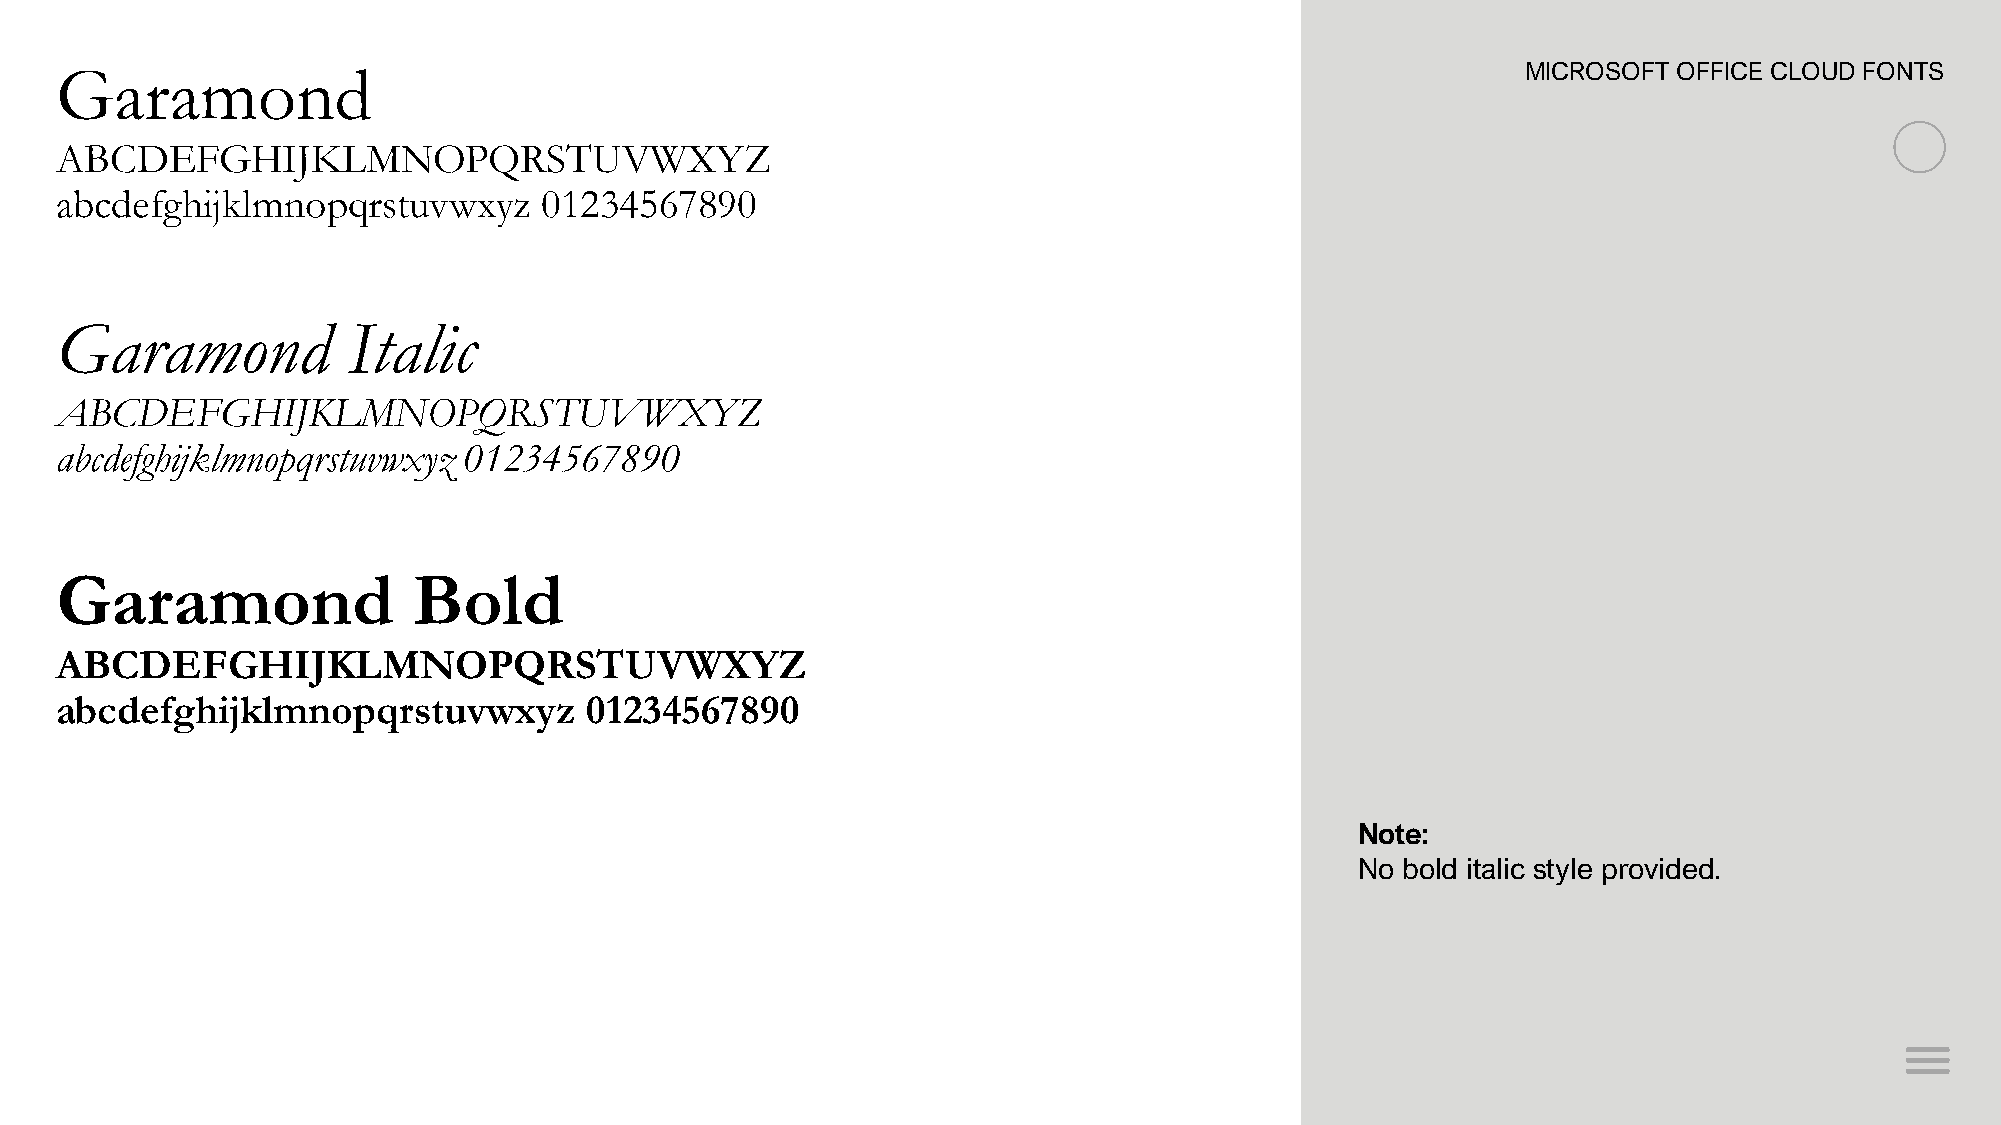
Garamond                                                                                         MICROSOFT OFFICE CLOUD FONTS
 ABCDEFGHIJKLMNOPQRSTUVWXYZ
 abcdefghijklmnopqrstuvwxyz      01234567890
 Garamond           Italic
 ABCDEFGHIJKLMNOPQRSTUVWXYZ
 abcdefghijklmnopqrstuvwxyz 01234567890
 Garamond               Bold
 ABCDEFGHIJKLMNOPQRSTUVWXYZ
 abcdefghijklmnopqrstuvwxyz         01234567890
 Note:
 No bold italic style provided.